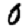
Digit: 0